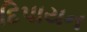
દિપાયન